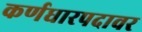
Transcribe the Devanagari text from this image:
कर्णधारपदावर